Calcutta medical institutions reports 1871-78
Year: 1871
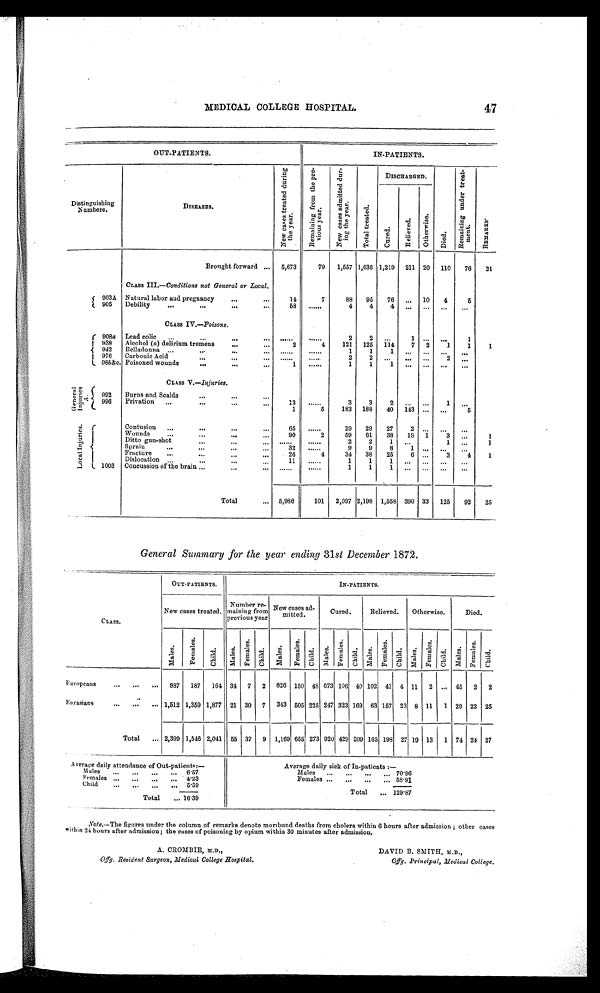
MEDICAL COLLEGE HOSPITAL.
47
O U T - P A T I E N T S .
IN-PATIENTS.
Distinguishing
Numbers.
DISEASES.
N e w c a s e s t r e a t e d d u r i n g t h e y e a r .
R e m a i n i n g f r o m t h e p r e v i o u s y e a r .
N e w c a s e s a d m i t t e d d u r i n g t h e y e a r .
T o t a l t r e a t e d .
DISCHARGED.
D i e d .
R e m a i n i n g u n d e r t r e a t m e n t .
R E M A R K S .
C u r e d .
R e l i e v e d .
Ot h e r wi s e .
Brought forward ... 5,673
79 1,557 1,636 1,219 211 20 110 76 21
CLASS III.—Conditions not General or Local.
903A Natural labor and pregnancy
...
...
14
7
88 95 76 ... 10 4
5
905 Debility
...
..
...
...
58 ......
4
4
4
. . . . . .
. . .
. . .
CLASS IV.—Poisons.
908a Lead colic ...
...
...
...
. . . . . .
. . . . . .
2
2
. . . 1
. . .
. . . 1
938 Alcohol ( a) delirium tremens
. . . . . .
2
4
121 125 114
7 2
1
1
1
942 Belladonna ...
...
. . . . . .
. . . . . .
. . . . . .
1
1
1 ... ... ... ...
976 Carbonic Acid
...
...
... ......
.....
2
2
. . .
. . . . . .
2
. . .
985&C. Poisoned wounds
...
...
...
1 ......
1
1
1
. . . . . .
. . .
. . .
CLASS V.—Injuries.
G e n e r a l i n j u r i e s . A .
9 9 2 Burns and Scalds
... ... ...
1 3
. . . . . .
3
3
2
. . . . . .
1
. . .
9 9 6 Privation
. . . . . .
...
...
1
5
1 8 3
1 8 8
4 0
1 4 3
. . .
. . .
5
... ...
Contusion ...
...
...
...
65 ......
29 29 27
2 ...
. . . . . .
Wounds
...
...
90
2
59 61 38
1 9 1
3 ...
1
L o c a l i n j u r i e s . Ditto gun-shot
...
. . . . . .
. . . . . .
. . . . . .
2
2
1 ...
1 ...
1
Sprain
...
......
...
32 ......
9
9
8
1 ...
. . . ...
Fracture
...
...
... ...
26
4
34 38 25
6 ...
3
4
1
Dislocation ... ... ... ...
11 ......
1
1
1 ...
. . . ...
. . .
1 0 0 3 Concussion of the brain ...
. . . . . .
. . . . . . ......
1
1
1 ... ...
. . . ...
Total
... 5,986
101 2,097 2,198 1,558 390 33 125 92 25
General Summary for the year ending 31st December 1872.
CLASS. SS .
OUT-PATIENTS.
IN-PATIENTS.
New cases treated.
Number re-
maining from
previous year
New Cases ad-
mitted.
Cured.
Relieved. Otherwise.
Died.
Mal es.
F e ma l e s .
Chi l d. Ma l e s .
F e ma l e s . Ch i l d . Mal es.
F e ma l e s .
Ch i l d . Mal es.
Femal es.
Ch i l d . Mal es. F e ma l e s . Ch i l d . Ma l e s .
F e ma l e s .
Ch i l d . Mal es.
F e ma l e s .
C h i l d .
Europeans
... ... ... 887 187 164 34 7 2 826
1 5 0 48 673 106 40 102 41 4 11 2 ... 45 2 2
Eurasians
. . .
. . .
. . . 1,512 1,359 1,877 21 30 7 343
5 0 5 225 247 323 169 63 157 23 8 11 1 29 22 25
Total ... 2,399 1,546 2,041 55
3 7 9 1,169 655 273 920 429 209 165 198 27 19 13 1 74 24 27
Overage daily attendance of Out-patients:—
Average daily sick of In-patients :-
M a l e s . . . . . . . . . . . . 6 . 5 7
Males ... ... ... ... 7 0 . 9 6
F e m a l e s . . . . . . . . . . . . .
. . .
. . .
4 . 2 3 . . .
Females ... ... ... ... 58.91
C h i l d . . . . . . . . . . . . 5 . 5 9
Total ... 1 6 . 3 9
Total ... 1 2 9 . 8 7
Note.--The figures under the column of remarks denote moribund deaths from cholera within 6 hours after admission ; other cases
within 24 hours after admission; the cases of poisoning by opium within 30 minutes after admission.
A. CROMBIE, M.D.,
DAVID B. SMITH, M.D.,
Offg. Resident Surgeon, Medical College Hospital. Offg. Principal, Medical College,